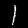
Digit: 1